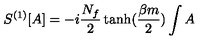
S ^ { ( 1 ) } [ A ] = - i \frac { N _ { f } } { 2 } \tanh ( \frac { \beta m } { 2 } ) \int A